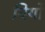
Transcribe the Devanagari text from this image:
विर्यो